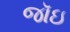
જૉઇ